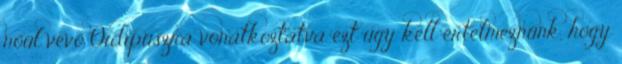
nőül vevő Oidipuszra vonatkoztatva ezt úgy kell értelmeznünk, hogy